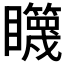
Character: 𰦋